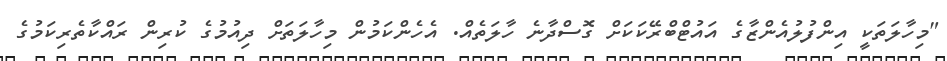
"މިހާލަތަކީ އިންފުލުއެންޒާގެ އައުޓްބްރޭކަކަށް ގޮސްދާނެ ހާލަތެއް. އެހެންކަމުން މިހާލަތަށް ދިއުމުގެ ކުރިން ރައްކާތެރިކަމުގެ